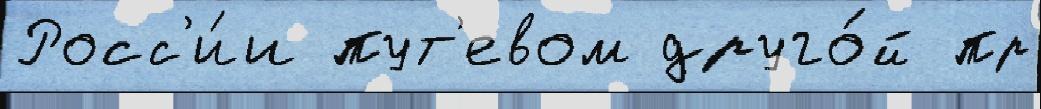
Росс'и́и пут'евом друго́й пр